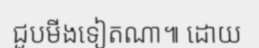
ជួបមីងទៀតណា៕ ដោយ